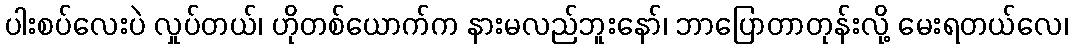
ပါးစပ်လေးပဲ လှုပ်တယ်၊ ဟိုတစ်ယောက်က နားမလည်ဘူးနော်၊ ဘာပြောတာတုန်းလို့ မေးရတယ်လေ၊